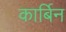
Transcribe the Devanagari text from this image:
कार्बिन